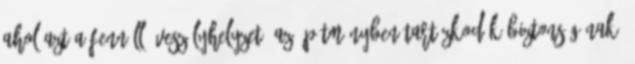
ahol azt a fennálló veszélyhelyzet, az építményben tartózkodók biztonságának,